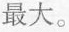
最大。